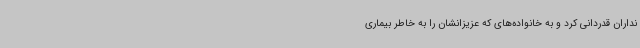
نداران قدردانی کرد و به خانواده‌های که عزیزانشان را به خاطر بیماری